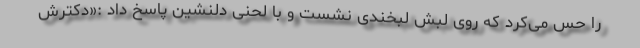
را حس می‌کرد که روی لبش لبخندی نشست و با لحنی دلنشین پاسخ داد :«دکترش